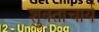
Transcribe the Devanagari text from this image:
शुक्ताचार्य